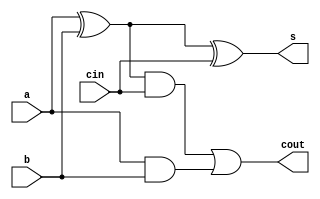
module full_adder(a, b, cin, s, cout);
	input a, b, cin;
	output s, cout;

	assign s = a ^ b ^ cin;
	assign cout = ((a ^ b) & cin) | (a & b);
endmodule

module lab2(a, b, cin, s, c4);
	input [3:0] a;
	input [3:0] b;
	input cin;
	output [3:0] s;
	output c4;

	wire c1, c2, c3;
	full_adder fa0(a[0], b[0], cin, s[0], c1);
	full_adder fa1(a[1], b[1], c1, s[1], c2);
	full_adder fa2(a[2], b[2], c2, s[2], c3);
	full_adder fa3(a[3], b[3], c3, s[3], c4);

endmodule